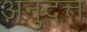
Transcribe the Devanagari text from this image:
अनुदत्त